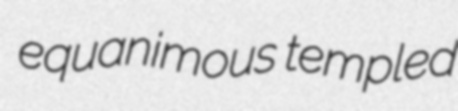
equanimous templed